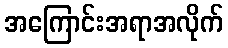
အကြောင်းအရာအလိုက်